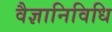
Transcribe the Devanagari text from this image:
वैज्ञानिविधि